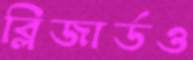
ব্লিজার্ডও